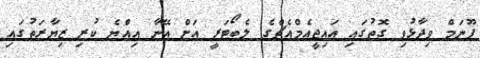
ޕޫނަމް ވިދާޅުވި ގޮތުގައި އައިޖީއެމްއެޗްގެ ލެބޯޓަރީ އަށް އޭނާ އިއްޔެ ކުރި ޒިޔާރަތުގައި